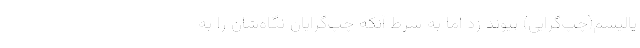
ياليسم(چپ‌گرايي) پيوند زد اما به شرط آنكه چپ‌گرايان نگاه‌شان را به